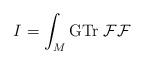
LaTeX: \begin{align*}I = \int_{M} {\rm GTr} \; {\cal FF}\end{align*}